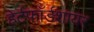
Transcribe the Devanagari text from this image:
हेर्टफाॅर्डशायर